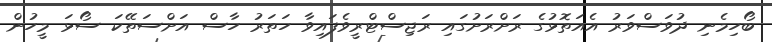
ބޯހިމެނި ދުވަސްވަރު އެއަތޮޅުގެ ރަށްރަށުގައި ރަޖިސްޓްރީވެފައިވާ ހަތަރު ހާސް އަށްސަތޭކަ ސޯޅަ މީހުން